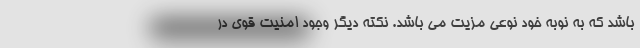
باشد که به نوبه خود نوعی مزیت می باشد. نکته دیگر وجود امنیت قوی در